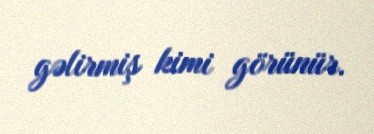
gəlirmiş kimi görünür.